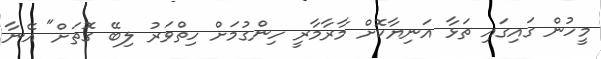
މީހުން ގައިގައި ތަޅާ އަނިޔާކޮށް މާރާމާރީ ހިންގުމަށް ހިތްވަރު ލިބޭ ގޮތަށް" އޭނާ